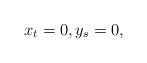
\begin{align*}x_t=0,y_s=0,\end{align*}